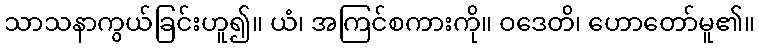
သာသနာကွယ်ခြင်းဟူ၍။ ယံ၊ အကြင်စကားကို။ ဝဒေတိ၊ ဟောတော်မူ၏။